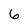
Character: 6